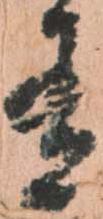
有